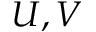
U , V